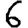
Digit: 6